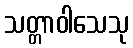
သတ္တာဝါသေသု